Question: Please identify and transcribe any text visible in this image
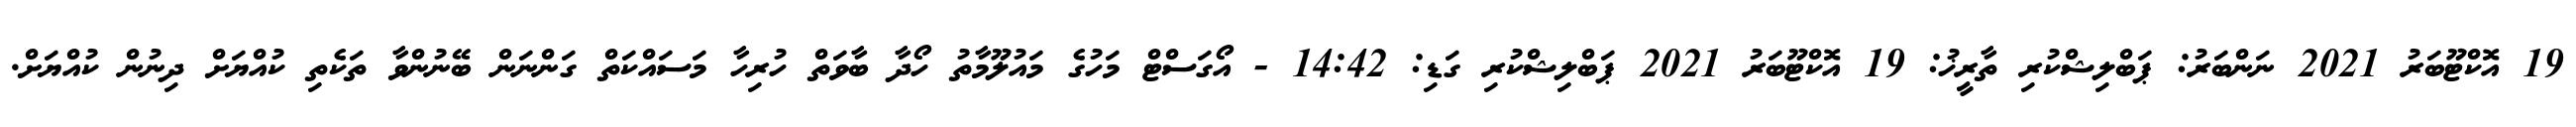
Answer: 19 އޮކްޓޫބަރު 2021 ނަންބަރު: ޕަބްލިޝްކުރި ތާރީޚު: 19 އޮކްޓޫބަރު 2021 ޕަބްލިޝްކުރި ގަޑި: 14:42 - އޯގަސްޓް މަހުގެ މައުލޫމާތު ހޯދާ ބާވަތް ހުރިހާ މަސައްކަތް ގަންނަން ބޭނުންވާ ތަކެތި ކުއްޔަށް ދިނުން ކުއްޔަށް.